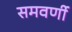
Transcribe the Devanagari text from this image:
समवर्णी